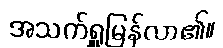
အသက်ရှူမြန်လာ၏။